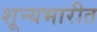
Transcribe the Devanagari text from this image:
शून्यभारीत